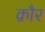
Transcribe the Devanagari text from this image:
क़ौर